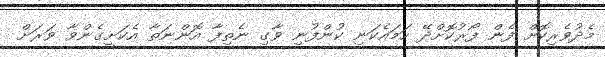
މެދުވެރިކޮށް ފެން ފޯރުކޮށްދޭ ހަމައެކަނި ކުންފުނި ވާގި ނެތިފާ އޮންނަތާ އެކަށީގެންވާ ވަރަށް